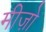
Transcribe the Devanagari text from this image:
मीज़ो